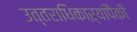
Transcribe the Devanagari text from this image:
उत्तराधिकाऱ्यांपैकी